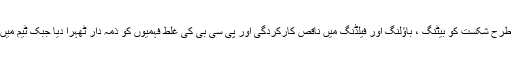
سابق کرکٹرز نے ورلڈ کپ میں ویسٹ انڈیز کے ہاتھوں پاکستان کی بری طرح شکست کو بیٹنگ ، باؤلنگ اور فیلڈنگ میں ناقص کارکردگی اور پی سی بی کی غلط فہمیوں کو ذمہ دار ٹھہرا دیا جبک ٹیم میں گروپ بندی اور تنازعات بھی ٹیم کی کارکردگی پر اثر انداز ہورہے ہیں ۔